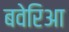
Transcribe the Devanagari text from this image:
बवेरिआ